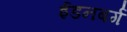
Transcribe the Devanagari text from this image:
ईडनबर्ग